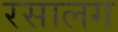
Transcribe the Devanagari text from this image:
रसालग